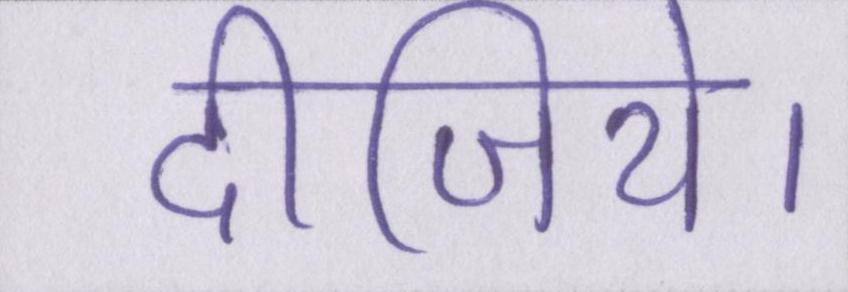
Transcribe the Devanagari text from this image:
दीजिये।